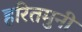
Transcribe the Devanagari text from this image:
हरितमुनी